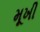
મૂખી